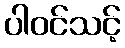
ပါဝင်သင့်